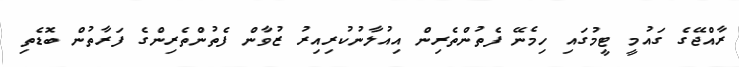
ރާއްޖޭގެ ގައުމީ ޓީމުގައި ހިމެނޭ ފެތުންތެރިން އިއުލާނުކުރިއިރު ޒުވާން ފެތުންތެރިންގެ ފަރާތުން ބޮޑެތި